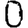
Digit: 0